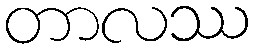
တာလဿ